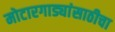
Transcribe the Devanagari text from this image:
मोटारगाड्यांसाठीचा